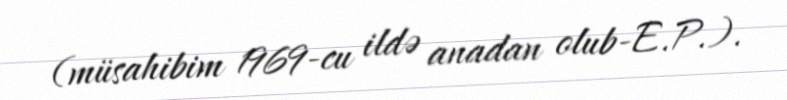
(müsahibim 1969-cu ildə anadan olub-E.P.).